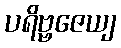
ပရိဗ္ဗဇေယျ